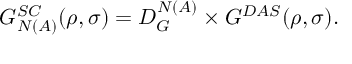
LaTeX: G _ { N ( A ) } ^ { S C } ( \rho , \sigma ) = D _ { G } ^ { N ( A ) } \times G ^ { D A S } ( \rho , \sigma ) .